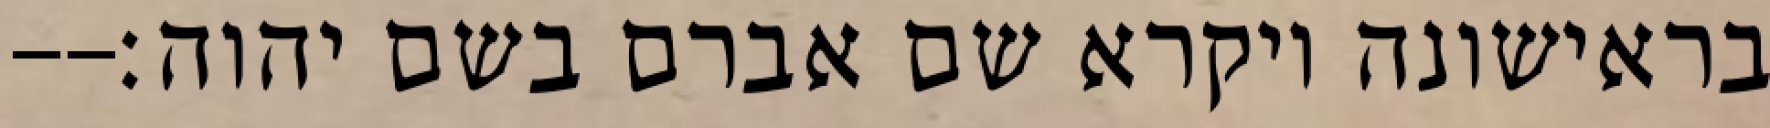
בראישונה ויקרא שם אברם בשם יהוה׃--